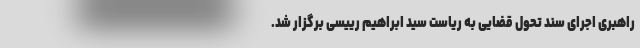
راهبری اجرای سند تحول قضایی به ریاست سید ابراهیم رییسی برگزار شد.